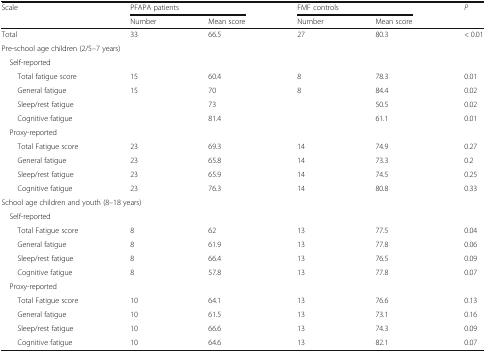
<table><thead><tr><td rowspan="2"><b>Scale</b></td><td colspan="2"><b>PFAPA patients</b></td><td colspan="2"><b>FMF controls</b></td><td rowspan="2"><b><i>P</i></b></td></tr><tr><td><b>Number</b></td><td><b>Mean score</b></td><td><b>Number</b></td><td><b>Mean score</b></td></tr></thead><tbody><tr><td>Total</td><td>33</td><td>66.5</td><td>27</td><td>80.3</td><td>&lt; 0.01</td></tr><tr><td colspan="6">Pre-school age children (2/5–7 years)</td></tr><tr><td colspan="6"> Self-reported</td></tr><tr><td>Total fatigue score</td><td>15</td><td>60.4</td><td>8</td><td>78.3</td><td>0.01</td></tr><tr><td>General fatigue</td><td>15</td><td>70</td><td>8</td><td>84.4</td><td>0.02</td></tr><tr><td>Sleep/rest fatigue</td><td></td><td>73</td><td></td><td>50.5</td><td>0.02</td></tr><tr><td>Cognitive fatigue</td><td></td><td>81.4</td><td></td><td>61.1</td><td>0.01</td></tr><tr><td colspan="6"> Proxy-reported</td></tr><tr><td>Total Fatigue score</td><td>23</td><td>69.3</td><td>14</td><td>74.9</td><td>0.27</td></tr><tr><td>General fatigue</td><td>23</td><td>65.8</td><td>14</td><td>73.3</td><td>0.2</td></tr><tr><td>Sleep/rest fatigue</td><td>23</td><td>65.9</td><td>14</td><td>74.5</td><td>0.25</td></tr><tr><td>Cognitive fatigue</td><td>23</td><td>76.3</td><td>14</td><td>80.8</td><td>0.33</td></tr><tr><td colspan="6">School age children and youth (8–18 years)</td></tr><tr><td colspan="6"> Self-reported</td></tr><tr><td>Total Fatigue score</td><td>8</td><td>62</td><td>13</td><td>77.5</td><td>0.04</td></tr><tr><td>General fatigue</td><td>8</td><td>61.9</td><td>13</td><td>77.8</td><td>0.06</td></tr><tr><td>Sleep/rest fatigue</td><td>8</td><td>66.4</td><td>13</td><td>76.5</td><td>0.09</td></tr><tr><td>Cognitive fatigue</td><td>8</td><td>57.8</td><td>13</td><td>77.8</td><td>0.07</td></tr><tr><td colspan="6"> Proxy-reported</td></tr><tr><td>Total Fatigue score</td><td>10</td><td>64.1</td><td>13</td><td>76.6</td><td>0.13</td></tr><tr><td>General fatigue</td><td>10</td><td>61.5</td><td>13</td><td>73.1</td><td>0.16</td></tr><tr><td>Sleep/rest fatigue</td><td>10</td><td>66.6</td><td>13</td><td>74.3</td><td>0.09</td></tr><tr><td>Cognitive fatigue</td><td>10</td><td>64.6</td><td>13</td><td>82.1</td><td>0.07</td></tr></tbody></table>